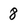
Character: 8